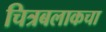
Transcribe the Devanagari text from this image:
चित्रबलाकचा